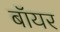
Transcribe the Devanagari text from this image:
बॉयर